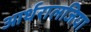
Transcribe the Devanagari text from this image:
आर्थरालजिया